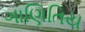
ગાણિતિય